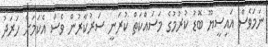
ނަމަވެސް އައިސީޔޫ ބޮޑު ކުރުމުގެ މަސައްކަތް ކުރަނީ ސަރުކާރުން ވެސް އެކަމަށް ހަރަދު